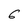
Character: 6